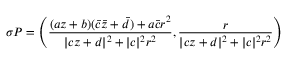
\sigma P = \left( \frac { ( a z + b ) ( \bar { c } \bar { z } + \bar { d } ) + a \bar { c } r ^ { 2 } } { | c z + d | ^ { 2 } + | c | ^ { 2 } r ^ { 2 } } , \frac { r } { | c z + d | ^ { 2 } + | c | ^ { 2 } r ^ { 2 } } \right)